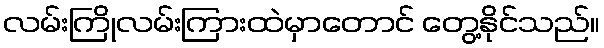
လမ်းကြိုလမ်းကြားထဲမှာတောင် တွေ့နိုင်သည်။